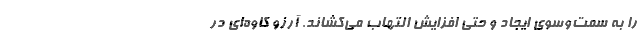
را به سمت‌وسوی ایجاد و حتی افزایش التهاب می‌کشاند. آرزو کاوه‌ای در